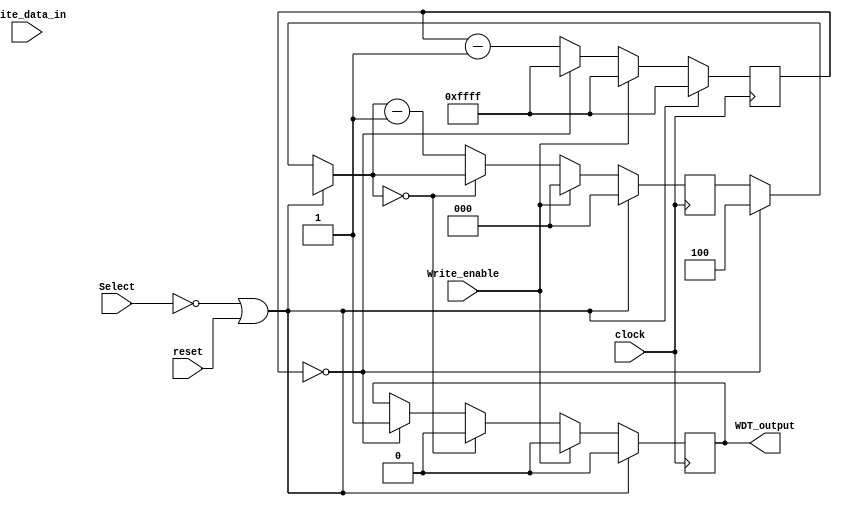
`timescale 1ns / 1ps
//////////////////////////////////////////////////////////////////////////////////


module WDT(
    clock,reset,
    Write_enable,Select,Write_data_in,
    WDT_output
    );

    input clock;
    input reset;
    input Write_enable;                 //
    input Select;                       //WDT
    input[15:0] Write_data_in;          //WDT
    output      WDT_output;             //
    
    
    reg WDT_output;
    reg[15:0]   counter;                //
    reg[2:0]    mini_cnt;               //4
    
    
    //WDT
    always @(posedge clock)
    begin
        if (Select == 0 || reset == 1)
        begin
            counter = 16'hFFFF;
            mini_cnt = 3'b000;
            WDT_output = 1'b0;
        end
        else
        begin
            if (counter == 16'd0000)    //0
            begin
                counter = 16'hFFFF;
                mini_cnt = 3'b100;
                WDT_output = 1'b1;
            end
            else
                counter = counter - 1'b1;
            
            if (mini_cnt == 3'b000)
                WDT_output = 1'b0;
            else
                mini_cnt = mini_cnt - 1'b1;
            
            if (Write_enable)
            begin
                counter = 16'hFFFF;
                mini_cnt = 3'b000;
                WDT_output = 1'b0;
            end
        end
    end
endmodule